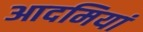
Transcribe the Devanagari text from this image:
आदमियां